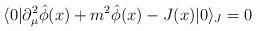
LaTeX: \begin{align*}\langle 0|\partial^{2}_{\mu}\hat{\phi}(x)+m^{2}\hat{\phi}(x)-J(x)|0\rangle_{J}=0\end{align*}